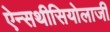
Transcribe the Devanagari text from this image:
ऐन्सथीसियोलाजी